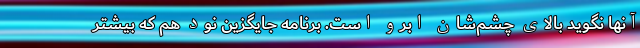
آنها نگوید بالای چشم‌شان ابرو است. برنامه جایگزین نود هم که بیشتر